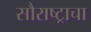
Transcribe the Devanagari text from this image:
सौराष्ट्राचा